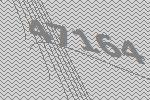
47164